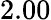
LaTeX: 2.00